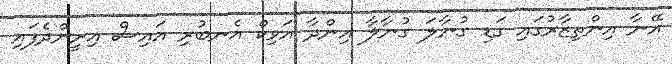
އޭނާ އިންތިޒާރުގައި ގަޑި ގުނާލަ ގުނާލާ އިންދާ އަވިކް އެނބުރި އައިސް އިށީންދެފައި